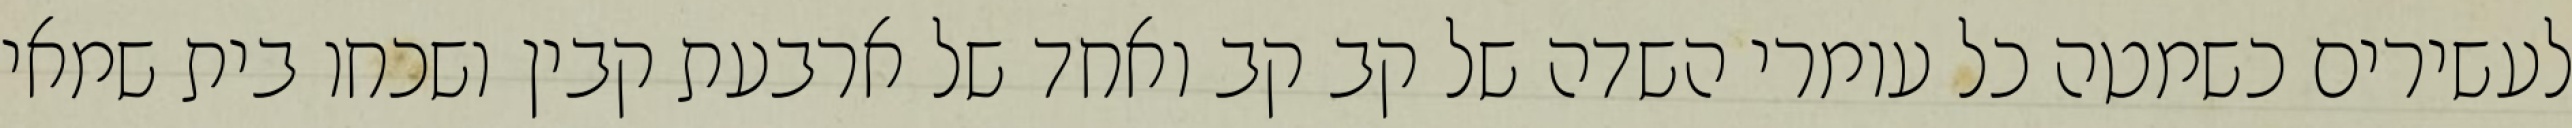
לעשירים כשמטה כל עומרי השדה של קב קב ואחד של ארבעת קבין ושכחו בית שמאי